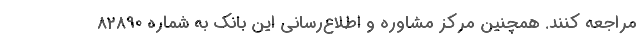
مراجعه کنند. همچنین مرکز مشاوره و اطلاع‌رسانی این بانک به شماره 82890